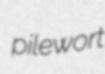
pilewort